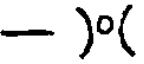
- )(